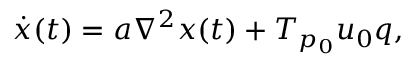
\dot { x } ( t ) = a \nabla ^ { 2 } x ( t ) + T _ { p _ { 0 } } u _ { 0 } q ,